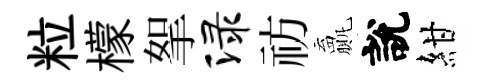
粒檬挐渌祊贏說紺